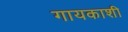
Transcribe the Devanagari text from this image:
गायकाशी